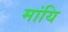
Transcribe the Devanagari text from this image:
मांयि